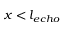
x < l _ { e c h o }